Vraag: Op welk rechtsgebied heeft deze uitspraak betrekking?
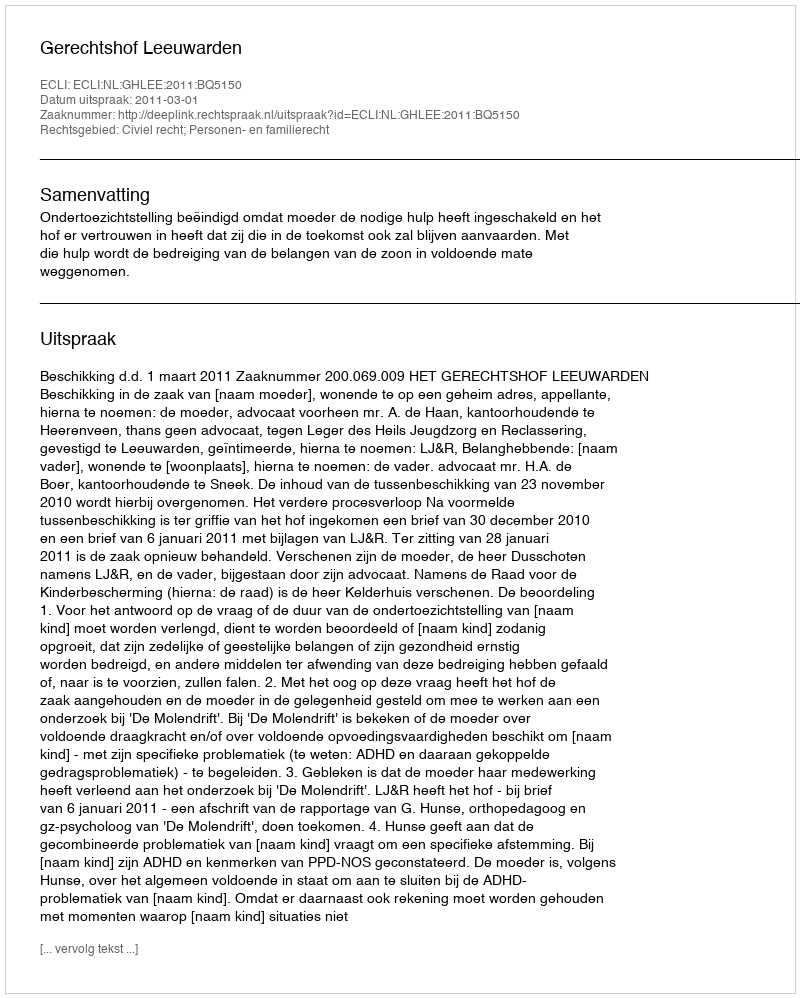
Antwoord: Civiel recht; Personen- en familierecht